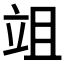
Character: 𥩢